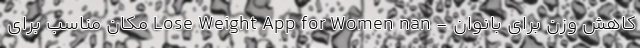
کاهش وزن برای بانوان - Lose Weight App for Women nan مکان مناسب برای